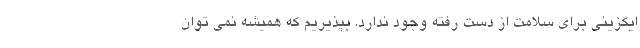
ایگزینی برای سلامت از دست رفته وجود ندارد. بپذیریم که همیشه نمی توان